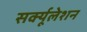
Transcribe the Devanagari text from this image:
सर्क्यूलेशन